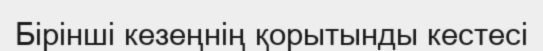
Бірінші кезеңнің қорытынды кестесі